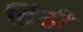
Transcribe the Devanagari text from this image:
हिंंदी